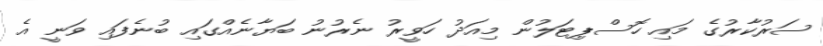
ސަރުކާރުގެ މައި ހޮސްޕިޓަލުން މިއަދު ހަވީރު ނެރުނު ބަޔާނެއްގައި ބުނެފައި ވަނީ އެ